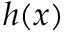
h ( x )